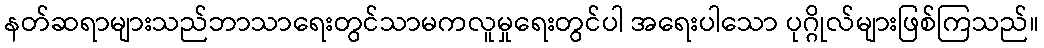
နတ်ဆရာများသည်ဘာသာရေးတွင်သာမကလူမှုရေးတွင်ပါ အရေးပါသော ပုဂ္ဂိုလ်များဖြစ်ကြသည်။